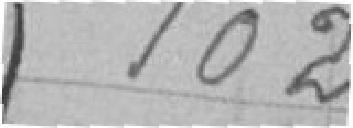
102